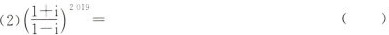
$$( \frac { 1 + i } { 1 - i } ) ^ { 2 0 1 9 } =$$ ()